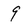
Character: 9